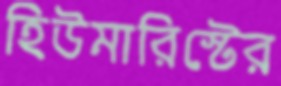
হিউমারিস্টের